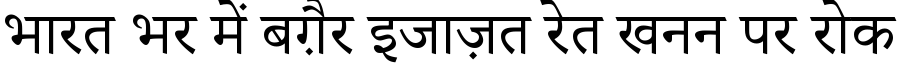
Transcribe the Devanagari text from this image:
भारत भर में बग़ैर इजाज़त रेत खनन पर रोक